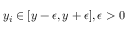
y _ { i } \in [ y - \epsilon , y + \epsilon ] , \epsilon > 0